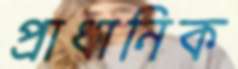
প্রাধানিক